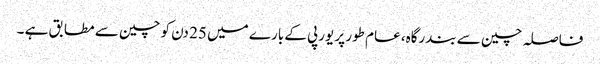
فاصلہ چین سے بندرگاہ، عام طور پر یورپی کے بارے میں 25 دن کو چین سے مطابق ہے ۔